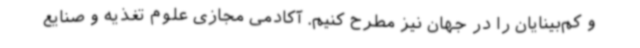
و کم‌بینایان را در جهان نیز مطرح کنیم. آکادمی مجازی علوم تغذیه و صنایع